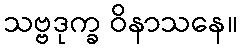
သဗ္ဗဒုက္ခ ဝိနာသနေ။